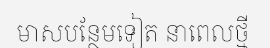
មាសបន្ថែមទៀត នាពេលថ្មី